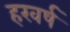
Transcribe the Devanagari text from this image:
हरवर्ष